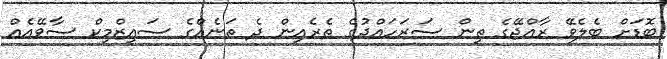
ބޮޑަށް ބެލެވޭ ރާއްޖޭގެ ތިން ސަރަހައްދުގެ ތެރެއިން ދެ ތަނެއްގެ ސައިޒްމިކް ސާވޭއެއް